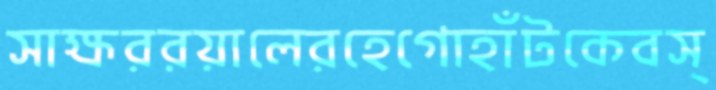
সাক্ষররয়ালেরহেগোহাঁটকেবস্